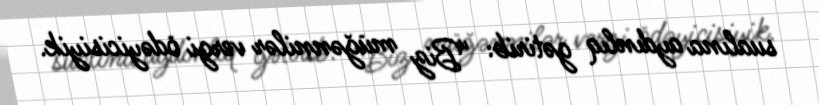
sualına aydınlıq gətirib: “Biz müğənnilər vergi ödəyicisiyik.